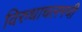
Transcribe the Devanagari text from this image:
विरुधाचलमची